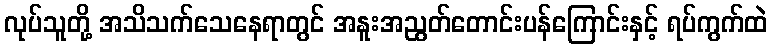
လုပ်သူတို့ အသိသက်သေနေရာတွင် အနူးအညွတ်တောင်းပန်ကြောင်းနှင့် ရပ်ကွက်ထဲ